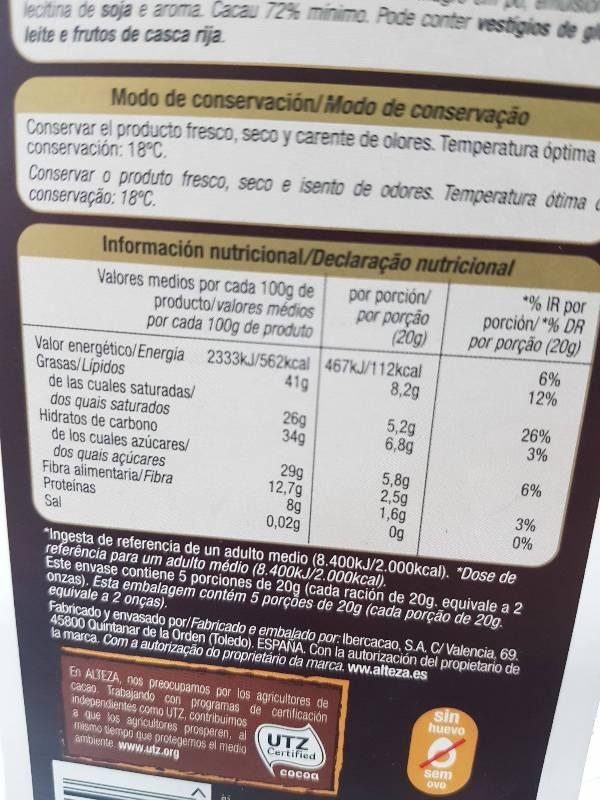
lecitina de soja e aroma Cacau 72% minimo. Pode conter vestigios de gl leite e frutos de casca rija
Modo de conservación/Modo de conservação
Conservar el producto fresco, seco y carente de olores. Temperatura optima conservación: 18°C.
Conservar o produto fresco, seco e isento de odores. Temperatura ótima c conservação: 18°C.
Información nutricional/Declaração nutricional
Valores medios por cada 100g de
producto/valores médios por cada 100g de produto
2333kJ/562kcal
Valor energético/Energia Grasas/Lipidos
de las cuales saturadas/ dos quais saturados Hidratos de carbono
de los cuales azúcares/
dos quais açúcares Fibra alimentaria/Fibra Proteínas Sal
41g
26g
34g
29g
12,7g
8g
0,02g
por porción/ por porção (20g)
467kJ/112kcal
8,2g
5,2g
6,8g
En ALTEZA, nos preocupamos por los agricultores de cacao. Trabajando con programas de certificación independientes como UTZ, contribuimos a que los agricultores prosperen, al mismo tiempo que protegemos el medio ambiente www.utz.org
UTZ
Certified
cocoa
5,8g
2,5g
1,6g
Og
"Ingesta de referencia de un adulto medio (8.400kJ/2.000kcal). "Dose de referência para um adulto médio (8.400kJ/2.000kcal).
Este envase contiene 5 porciones de 20g (cada ración de 20g. equivale a 2 onzas). Esta embalagem contém 5 porções de 20g (cada porção de 20g. equivale a 2 onças).
Fabricado y envasado por/Fabricado e embalado por: Ibercacao, S.A. C/ Valencia, 69. 45800 Quintanar de la Orden (Toledo). ESPAÑA. Con la autorización del propietario de la marca. Com a autorização do proprietário da marca. ww.alteza.es
*% IR por
porción/*% DR por porção (20g)
sin huevo
B
sem OVO
26%
3%
6%
12%
6%
3%
0%